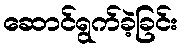
ဆောင်ရွက်ခဲ့ခြင်း